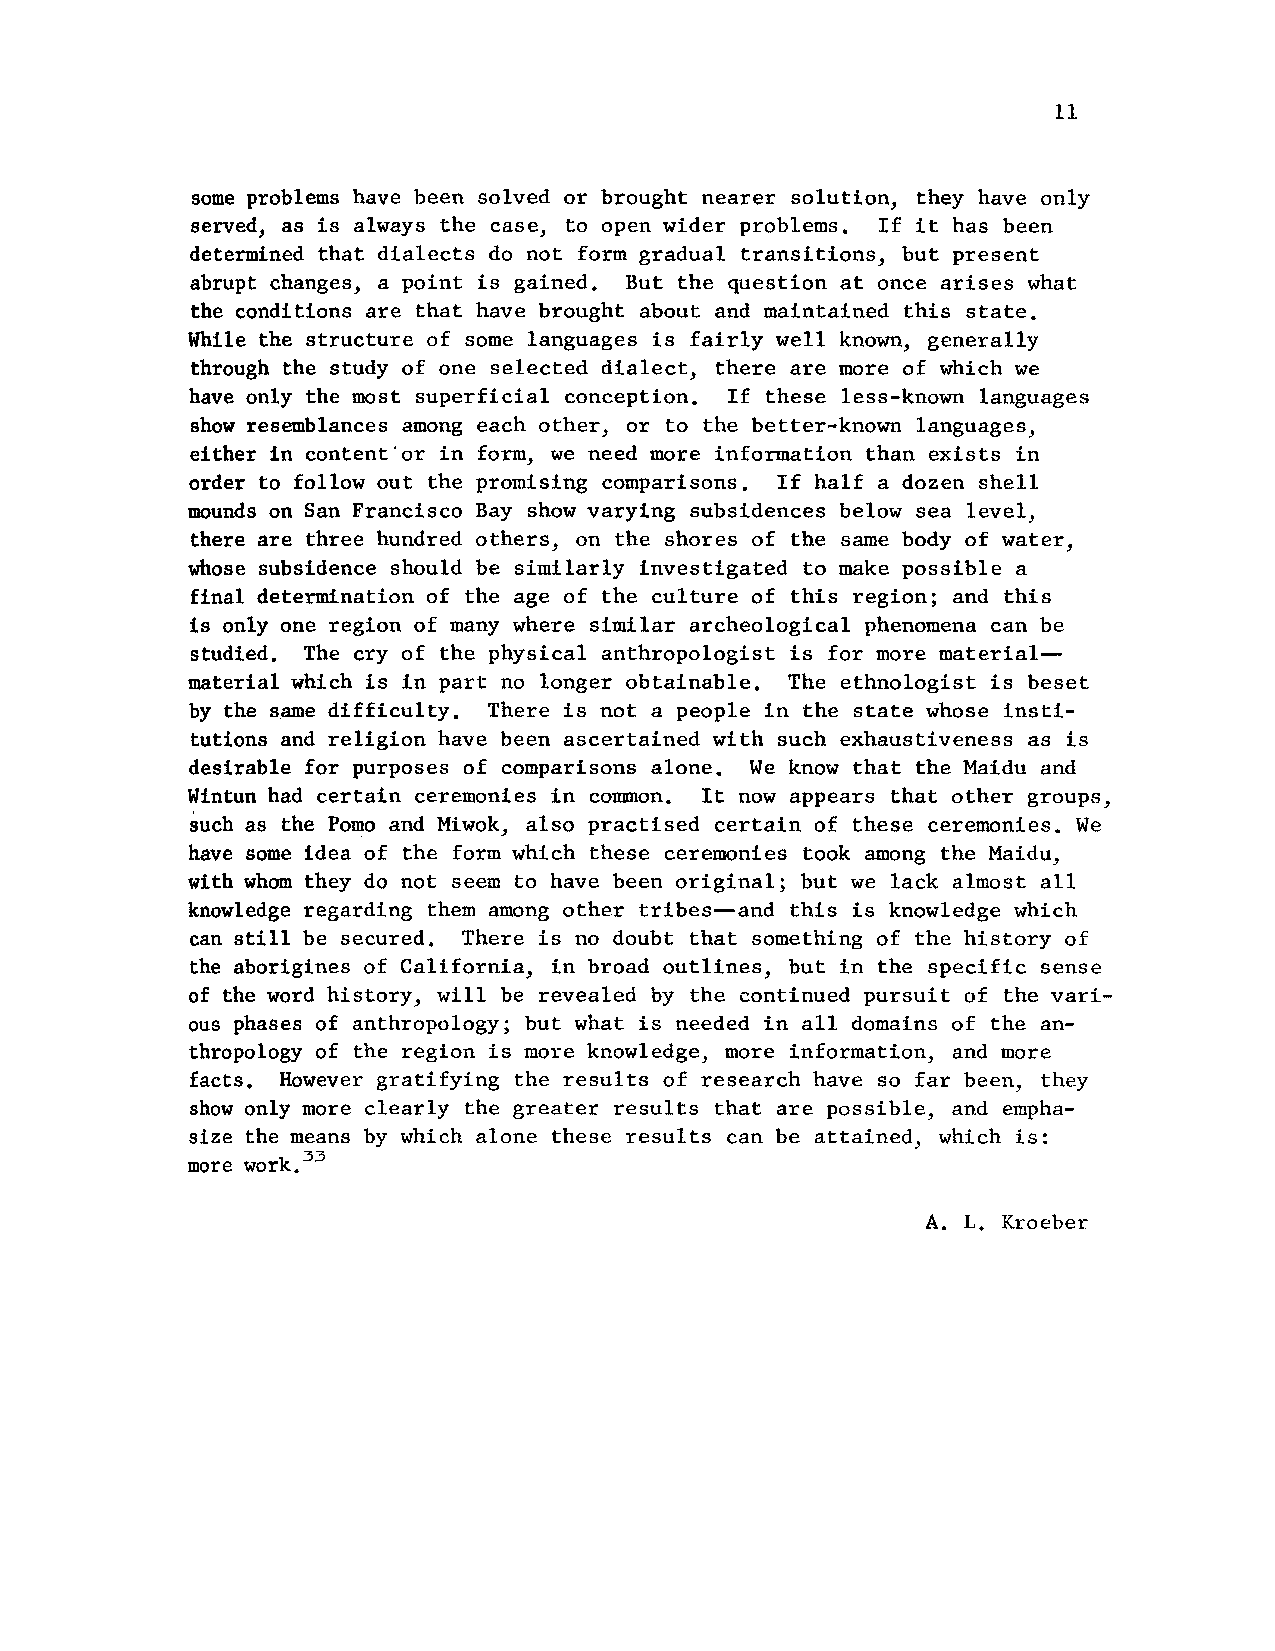
11
 some problems have been solved or brought nearer solution, they have only
 served, as is always the case, to open wider problems. If it has been
 determined that dialects do not form gradual transitions, but present
 abrupt changes, a point is gained. But the question at once arises what
 the conditions are that have brought about and maintained this state.
 While the structure of some languages is fairly well known, generally
 through the study of one selected dialect, there are more of which we
 have only the most superficial conception. If these less-known languages
 show resemblances among each other, or to the better-known languages,
 either in content or in form, we need more information than exists in
 order to follow out the promising comparisons. If half a dozen shell
 mounds on San Francisco Bay show varying subsidences below sea level,
 there are three hundred others, on the shores of the same body of water,
 whose subsidence should be similarly investigated to make possible a
 final determination of the age of the culture of this region; and this
 is only one region of many where similar archeological phenomena can be
 studied. The cry of the physical anthropologist is for more material
 material which is in part no longer obtainable. The ethnologist is beset
 by the same difficulty. There is not a people in the state whose insti-
 tutions and religion have been ascertained with such exhaustiveness as is
 desirable for purposes of comparisons alone. We know that the Maidu and
 Wintun had certain ceremonies in common. It now appears that other groups,
 such as the Pomo and Miwok, also practised certain of these ceremonies. We
 have some idea of the form which these ceremonies took among the Maidu,
 with whom they do not seem to have been original; but we lack almost all
 knowledge regarding them among other tribes-and this is knowledge which
 can still be secured. There is no doubt that something of the history of
 the aborigines of California, in broad outlines, but in the specific sense
 of the word history, will be revealed by the continued pursuit of the vari-
 ous phases of anthropology; but what is needed in all domains of the an-
 thropology of the region is more knowledge, more information, and more
 facts. However gratifying the results of research have so far been, they
 show only more clearly the greater results that are possible, and empha-
 size the means by which alone these results can be attained, which is:
 more work.33
 A. L. Kroeber